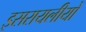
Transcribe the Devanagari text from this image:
इसरायलीयों